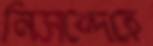
নিসন্দেহে